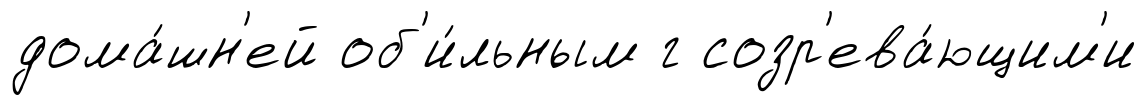
дома́шн'ей об'и́льным г созр'ева́ющим'и